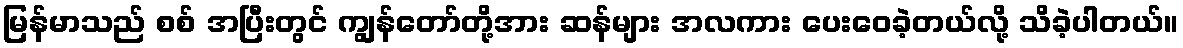
မြန်မာသည် စစ် အပြီးတွင် ကျွန်တော်တို့အား ဆန်များ အလကား ပေးဝေခဲ့တယ်လို့ သိခဲ့ပါတယ်။